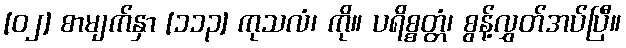
[၀၂] စာမျက်နှာ [၁၁၃] ကုသလံ၊ ကို။ ပရိစ္စတ္တံ၊ စွန့်လွှတ်အပ်ပြီ။